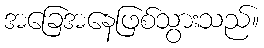
အခြေအနေဖြစ်သွားသည်။